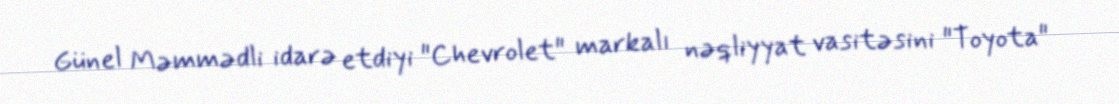
Günel Məmmədli idarə etdiyi "Chevrolet" markalı nəqliyyat vasitəsini "Toyota"